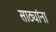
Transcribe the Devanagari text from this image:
साठ्यांना